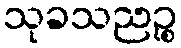
သုခသညဉ္စ